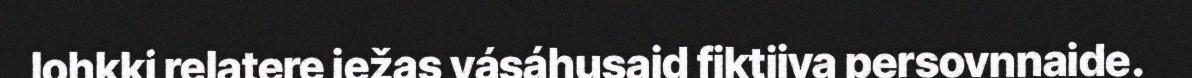
lohkki relatere iežas vásáhusaid fiktiiva persovnnaide.